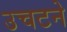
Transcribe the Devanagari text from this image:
उचटने